NAE_kihelkonnakohtute_kirjad_ja_protokollid_1869-1889, lk 15
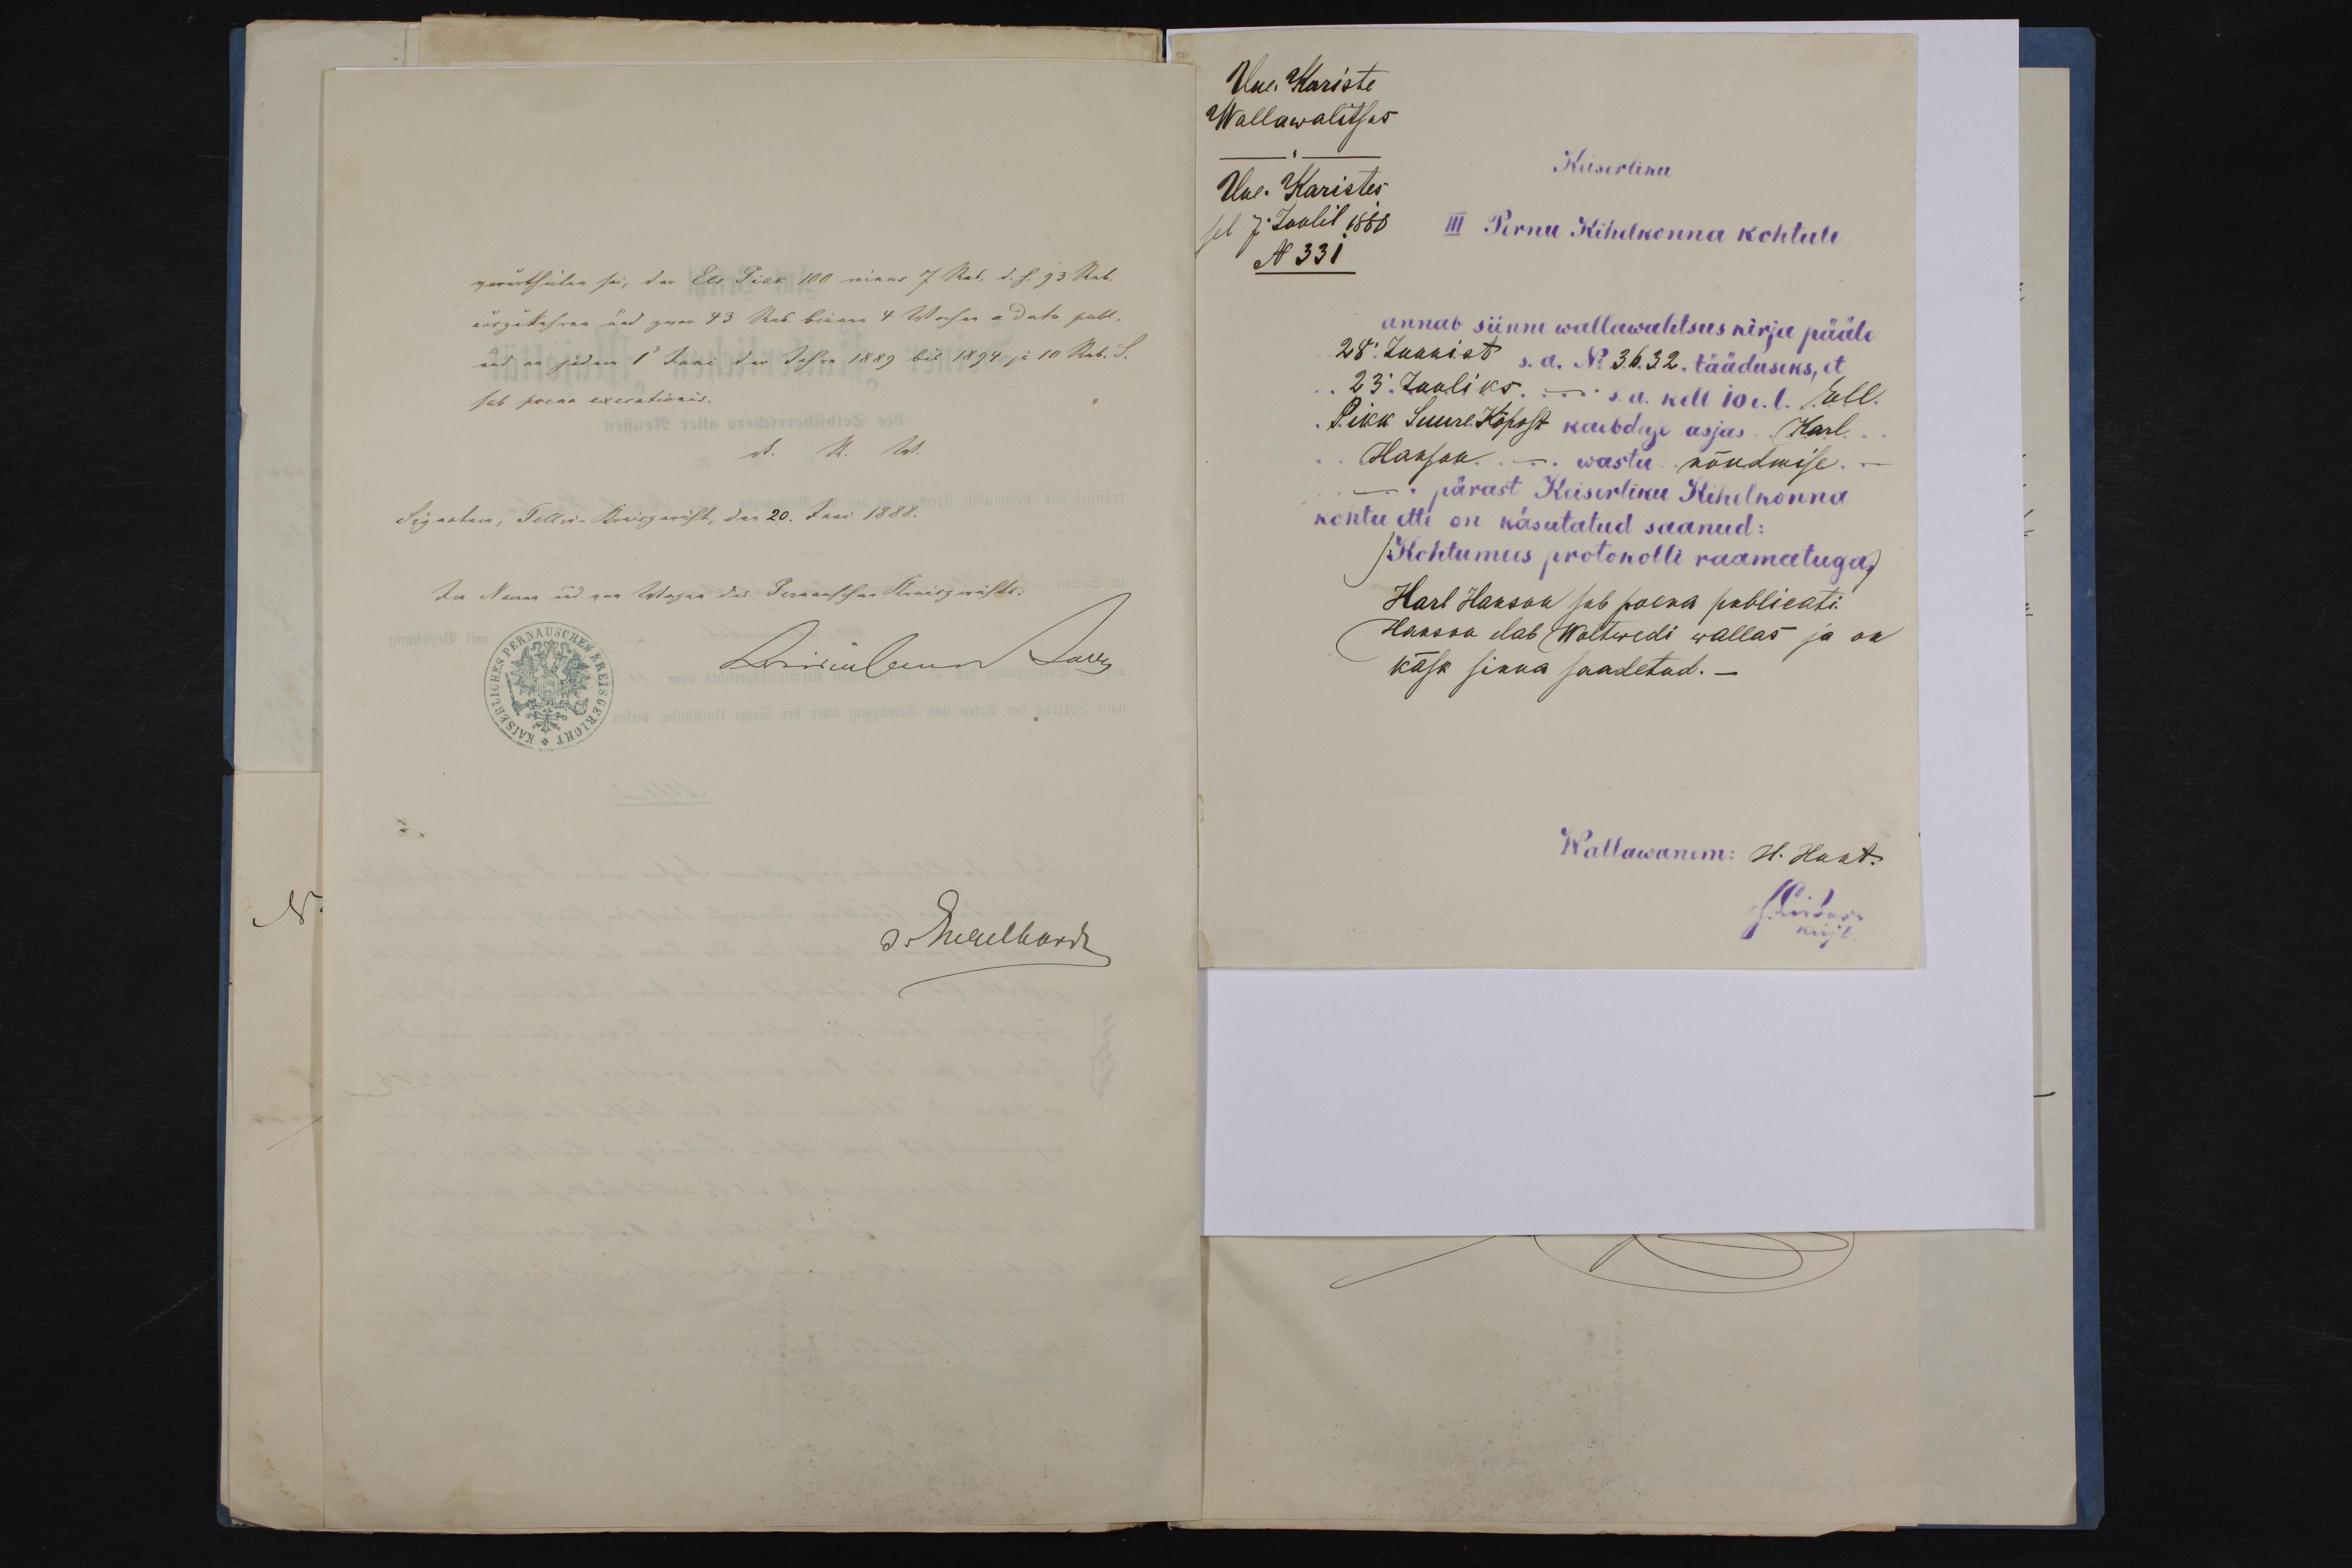
Uue-Kariste
Wallawalitsus
Keiserliku
Uue-Karistes
sel 7. Juulil 1888
III Pernu Kihelkonna kohtule
N331
annab siinne wallawalitsus kirja pääle
28. Juunist s.a. N3632 tääduseks, et
23. Juuliks .... s.a. kell e.l. Ell
Pikk Suure Kõpust kaebduse asjas Karl
Hanson wastu nõudmise
pärast Keiserliku Kihelkonna
kohtu ette on käsutatud saanud:
Kohtumees protokolli raamatuga.
Karl Hanson sab palut publicati.
Haassa elab Woltwedi wallas ja se
käsk sinna saadetud.-
Wallawanem. N. Hurt.